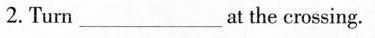
2. Turn___at the crossing.